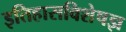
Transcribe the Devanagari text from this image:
इतिहासविशेषज्ञ